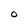
Character: O